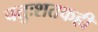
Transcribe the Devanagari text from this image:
चतुःशतकही